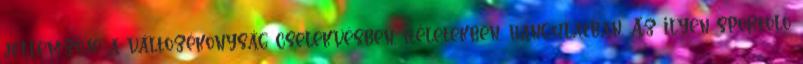
jellemzője a változékonyság cselekvésben, ítéletekben, hangulatban. Az ilyen sportoló